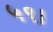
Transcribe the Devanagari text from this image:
५९।